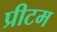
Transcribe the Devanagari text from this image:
प्रीटम